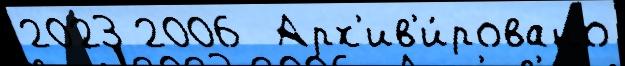
2023 2006  Арх'ив'и́ровано